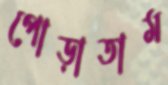
পোড়াতাম